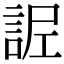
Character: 𧧫